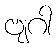
ဗျဂါ